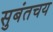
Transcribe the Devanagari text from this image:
सुबंतचय